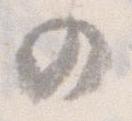
の